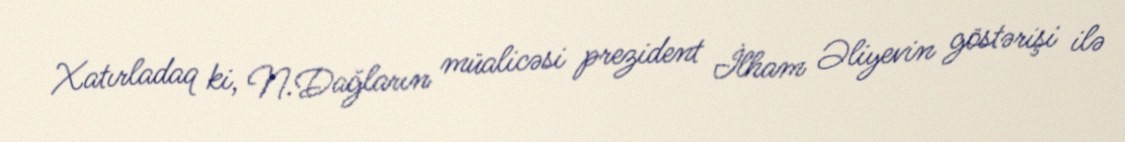
Xatırladaq ki, N.Dağların müalicəsi prezident İlham Əliyevin göstərişi ilə